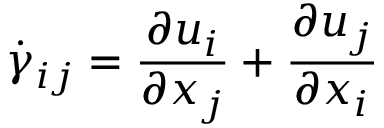
\dot { \gamma } _ { i j } = \frac { \partial u _ { i } } { \partial x _ { j } } + \frac { \partial u _ { j } } { \partial x _ { i } }